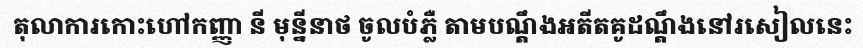
តុលាការកោះហៅកញ្ញា នី មុន្នីនាថ ចូលបំភ្លឺ តាមបណ្តឹងអតីតគូដណ្តឹងនៅរសៀលនេះ